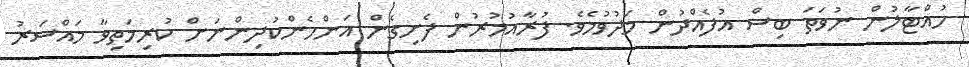
ހުއްޓާލުން ނުވަތަ ބިސް އުފެއްދުން މަދުވުމެވެ. ފުރާއުމުރުން ފެށިގެން އަންހެންކުދިންނަށް ކުރިމަތިވާ މައްސަރު